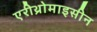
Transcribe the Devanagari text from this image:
एरीथ्रोमाइसीन